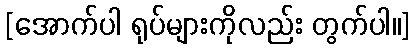
[အောက်ပါ ရုပ်များကိုလည်း တွက်ပါ။]